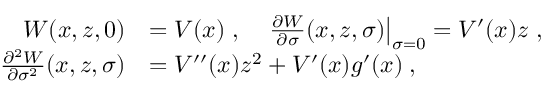
\begin{array} { r l } { W ( x , z , 0 ) } & { = V ( x ) \; , \quad \left. \frac { \partial W } { \partial \sigma } ( x , z , \sigma ) \right| _ { \sigma = 0 } = V ^ { \prime } ( x ) z \; , } \\ { \frac { \partial ^ { 2 } W } { \partial \sigma ^ { 2 } } ( x , z , \sigma ) } & { = V ^ { \prime \prime } ( x ) z ^ { 2 } + V ^ { \prime } ( x ) g ^ { \prime } ( x ) \; , } \end{array}